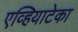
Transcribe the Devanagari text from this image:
एव्हियाटेका